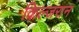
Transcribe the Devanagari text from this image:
किल्जरान